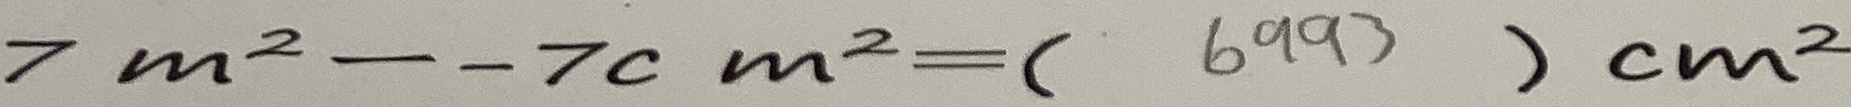
7 m ^ { 2 } - - 7 c m ^ { 2 } = ( 6 9 9 3 ) c m ^ { 2 }